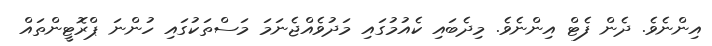
އިންނެވެ. ދެން ފެޓް އިންނެވެ. މިދެބައި ކެއުމުގައި މަދުވެއްޖެނަމަ މަސްތަކުގައި ހުންނަ ޕްރޮޓީންތައް